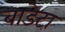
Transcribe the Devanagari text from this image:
बाडेटा